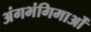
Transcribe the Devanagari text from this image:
अंगभंगिमाओं